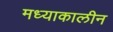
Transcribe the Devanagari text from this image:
मध्याकालीन